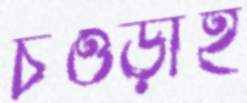
চওড়াই